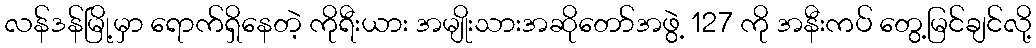
လန်ဒန်မြို့မှာ ရောက်ရှိနေတဲ့ ကိုရီးယား အမျိုးသားအဆိုတော်အဖွဲ့ 127 ကို အနီးကပ် တွေ့မြင်ချင်လို့